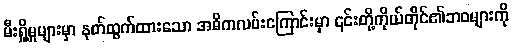
မီးရှို့မှုများမှာ နုတ်ထွက်ထားသော အဓိကလမ်းကြောင်းမှာ ၎င်းတို့ကိုယ်တိုင်၏ဘဝများကို